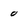
Character: 0